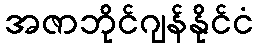
အဇာဘိုင်ဂျန်နိုင်ငံ